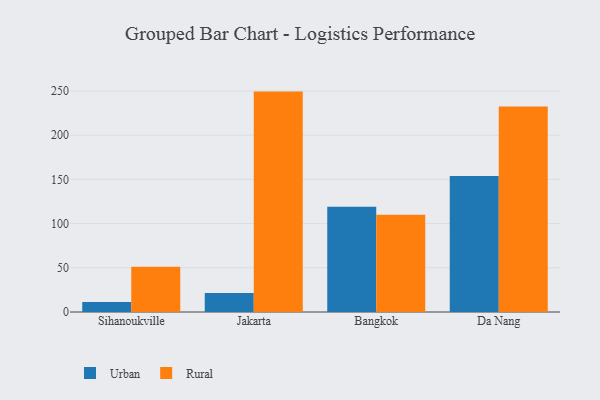
{"axis": {"x": "City", "y": "Inventory Turnover"}, "legend": ["Rural", "Urban"], "data": [{"x": "Sihanoukville", "y": 11.2, "type": "Urban"}, {"x": "Sihanoukville", "y": 51.2, "type": "Rural"}, {"x": "Jakarta", "y": 21.4, "type": "Urban"}, {"x": "Jakarta", "y": 249.3, "type": "Rural"}, {"x": "Bangkok", "y": 119.0, "type": "Urban"}, {"x": "Bangkok", "y": 109.9, "type": "Rural"}, {"x": "Da Nang", "y": 153.7, "type": "Urban"}, {"x": "Da Nang", "y": 232.4, "type": "Rural"}]}